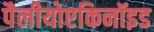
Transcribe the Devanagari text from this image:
पैलीयोएकिनॉइड